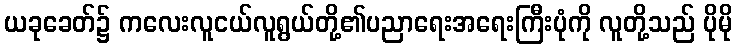
ယခုခေတ်၌ ကလေးလူငယ်လူရွယ်တို့၏ပညာရေးအရေးကြီးပုံကို လူတို့သည် ပိုမို